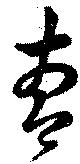
曹